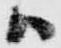
ハ